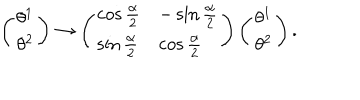
\left( \begin{array} { l } { { \theta ^ { 1 } } } \\ { { \theta ^ { 2 } } } \\ \end{array} \right) \rightarrow \left( \begin{array} { l l } { { \cos \frac { \alpha } { 2 } } } & { { - \sin \frac { \alpha } { 2 } } } \\ { { \sin \frac { \alpha } { 2 } } } & { { \cos \frac { \alpha } { 2 } } } \\ \end{array} \right) \left( \begin{array} { l } { { \theta ^ { 1 } } } \\ { { \theta ^ { 2 } } } \\ \end{array} \right) .